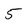
Character: 5